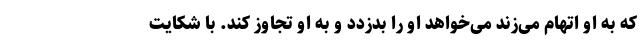
که به او اتهام می‌زند می‌خواهد او را بدزدد و به او تجاوز کند. با شکایت